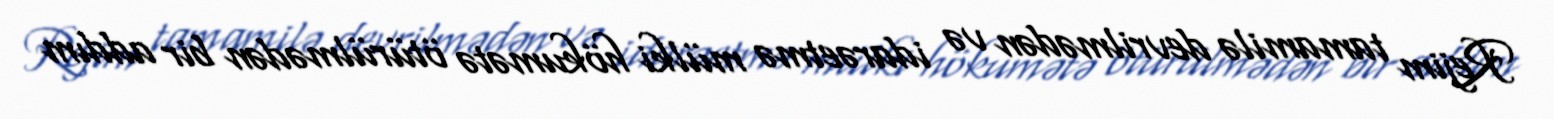
Rejim tamamilə devrilmədən və idarəetmə mülki hökumətə ötürülmədən bir addım